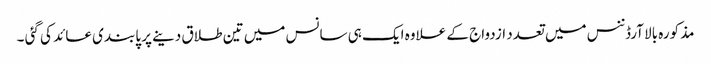
مذکورہ بالا آرڈننس میں تعدد ازدواج کے علاوہ ایک ہی سانس میں تین طلاق دینے پر پابندی عائد کی گئی ۔